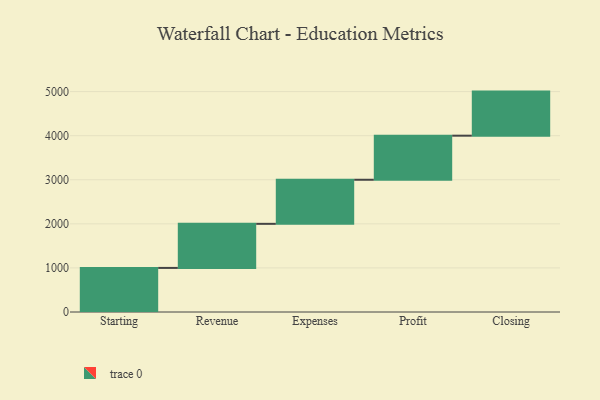
{"axis": {"x": "Step", "y": "Value"}, "legend": [""], "data": [{"x": "Starting", "y": 1000, "type": ""}, {"x": "Revenue", "y": 1000, "type": ""}, {"x": "Expenses", "y": 1000, "type": ""}, {"x": "Profit", "y": 1000, "type": ""}, {"x": "Closing", "y": 1000, "type": ""}]}